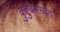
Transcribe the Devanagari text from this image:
कुटुंबसंस्थेत